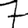
Digit: 7